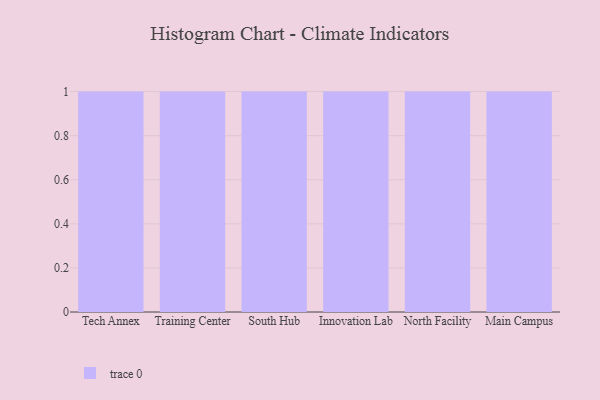
{"axis": {"x": "Campus", "y": "Humidity (%)"}, "legend": [""], "data": [{"x": "Tech Annex", "y": 17, "type": ""}, {"x": "Training Center", "y": 9, "type": ""}, {"x": "South Hub", "y": 35, "type": ""}, {"x": "Innovation Lab", "y": 74, "type": ""}, {"x": "North Facility", "y": 69, "type": ""}, {"x": "Main Campus", "y": 14, "type": ""}]}